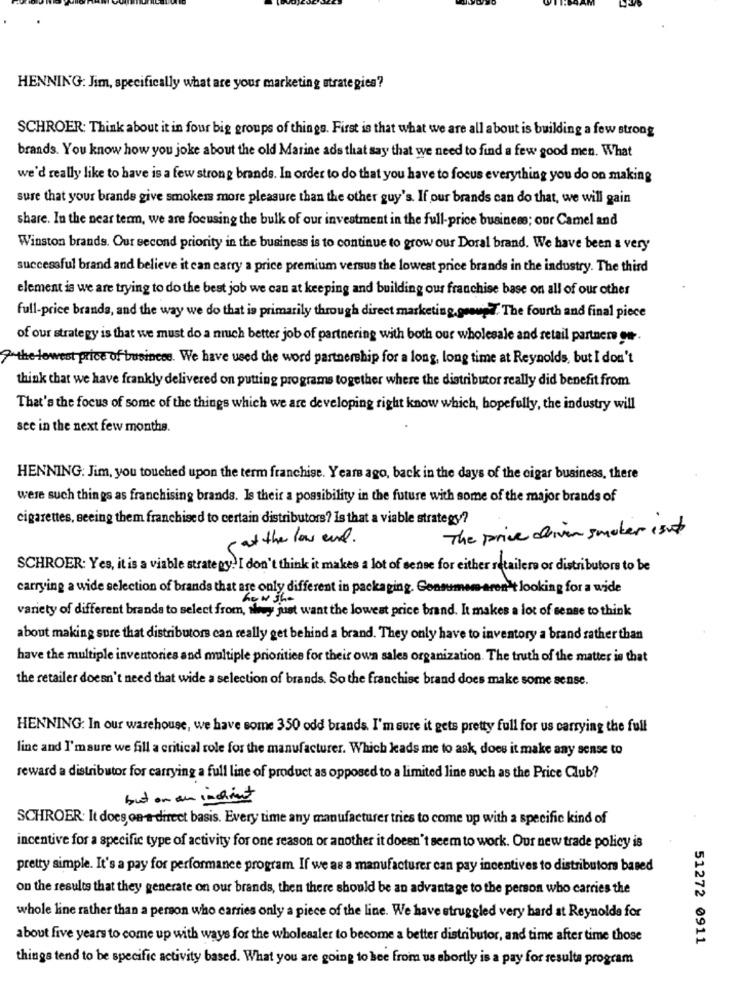
HENNING: Jim, specifically what are your marketing strategies?
SCHROER: Think about it in four big groups of things. First is that what we are all about is building a few strong
brands. You know how you joke about the old Marine ads that say that we need to find a few good men. What
we'd really like to have is a few strong brands. In order to do that you have to focus everything you do on making
sure that your brande give smokers more pleasure than the other guy's. If our brands can do that, we will gain
share. In the near term, we are focusing the bulk of our investment in the full-price business; our Camel and
Winston brands. Our second priority in the business is to continue to grow our Doral brand. We have been a very
successful brand and believe it can carry a price premium versus the lowest price brands in the industry. The third
element is we are trying to do the best job we can at keeping and building our franchise base on all of our other
full-price brands, and the way we do that is primarily through direct marketing.goow / The fourth and final piece
of our strategy is that we must do a much better job of partnering with both our wholesale and retail partners ge.
7"the lowest price of business. We have used the word partnership for a long, long time at Reynolds, but I don't
think that we have frankly delivered on putting programs together where the distributor really did benefit from
That's the focus of some of the things which we are developing right know which, hopefully, the industry will
see in the next few months.
HENNING: Jim, you touched upon the term franchise. Years ago, back in the days of the cigar business, there
were such things as franchising brands. Is their a possibility in the future with some of the major brands of
cigarettes, seeing them franchised to certain distributors? Is that a viable strategy?
The price driven smoker ist
at the low end.
SCHROER: Yes, it is a viable strategy?I don't think it makes a lot of sense for either retailers or distributors to be
carrying a wide selection of brands that are only different in packaging. Consumem-aren't looking for a wide
how she
variety of different brands to select from, iny just want the lowest price brand. It makes a lot of sense to think
about making sure that distributors can really get behind a brand. They only have to inventory a brand rather than
have the multiple inventories and multiple priorities for their own sales organization. The truth of the matter is that
the retailer doesn't need that wide a selection of brands. So the franchise brand does make some sense.
HENNING: In our warehouse, we have some 350 odd brands. I'm sure it gets pretty full for us carrying the full
line and I'msure we fill a critical role for the manufacturer. Which kads me to ask, does it make any sense to
reward a distributor for carrying a full line of product as opposed to a limited line such as the Price Club?
but on an inchint
SCHROER: It does on-a-direct basis. Every time any manufacturer tries to come up with a specific kind of
incentive for a specific type of activity for one reason or another it doesn't seem to work. Our new trade policy is
pretty simple. It's a pay for performance program If we as a manufacturer can pay incentives to distributors based
on the results that they generate on our brands, then there should be an advantage to the person who carries the
whole line rather than a person who carries only a piece of the line. We have struggled very hard at Reynolds for
about five years to come up with ways for the wholesaler to become a better distributor, and time after time those
51272 0911
things tend to be specific activity based. What you are going to bee from us shortly is a pay for resulta program